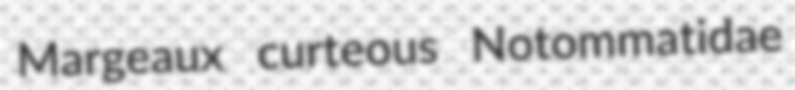
Margeaux curteous Notommatidae